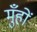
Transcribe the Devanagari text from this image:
मुँहों